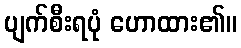
ပျက်စီးရပုံ ဟောထား၏။